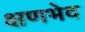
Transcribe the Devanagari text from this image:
क्षणभेद